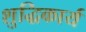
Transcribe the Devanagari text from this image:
शुद्धिकार्य